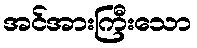
အင်အားကြီးသော